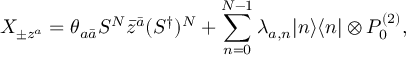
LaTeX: X _ { \pm z ^ { a } } = \theta _ { a \bar { a } } S ^ { N } \bar { z } ^ { \bar { a } } ( S ^ { \dagger } ) ^ { N } + \sum _ { n = 0 } ^ { N - 1 } \lambda _ { a , n } | n \rangle \langle n | \otimes P _ { 0 } ^ { ( 2 ) } ,